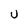
Character: U